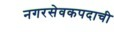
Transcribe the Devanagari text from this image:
नगरसेवकपदाची